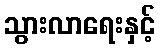
သွားလာရေးနှင့်